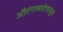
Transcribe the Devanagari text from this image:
औरंगाबादेपासून